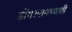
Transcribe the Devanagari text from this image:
डोंगरपायथ्याशी